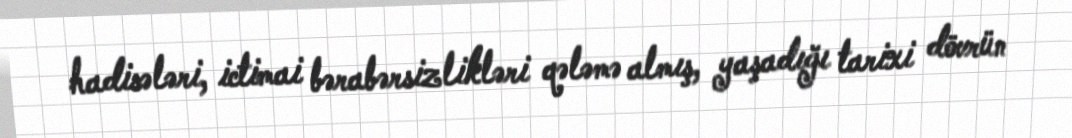
hadisələri, ictimai bərabərsizlikləri qələmə almış, yaşadığı tarixi dövrün